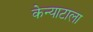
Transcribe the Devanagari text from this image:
केन्याटाला